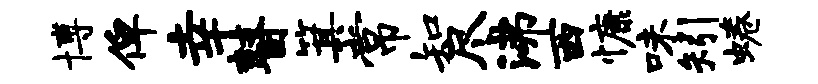
博俾幸瞽箕常知尽沸西慷味矧蜷